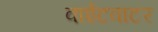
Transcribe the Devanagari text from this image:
वाईटवाटर